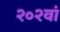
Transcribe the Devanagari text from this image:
२०२वां